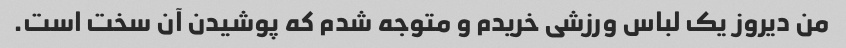
من دیروز یک لباس ورزشی خریدم و متوجه شدم که پوشیدن آن سخت است.